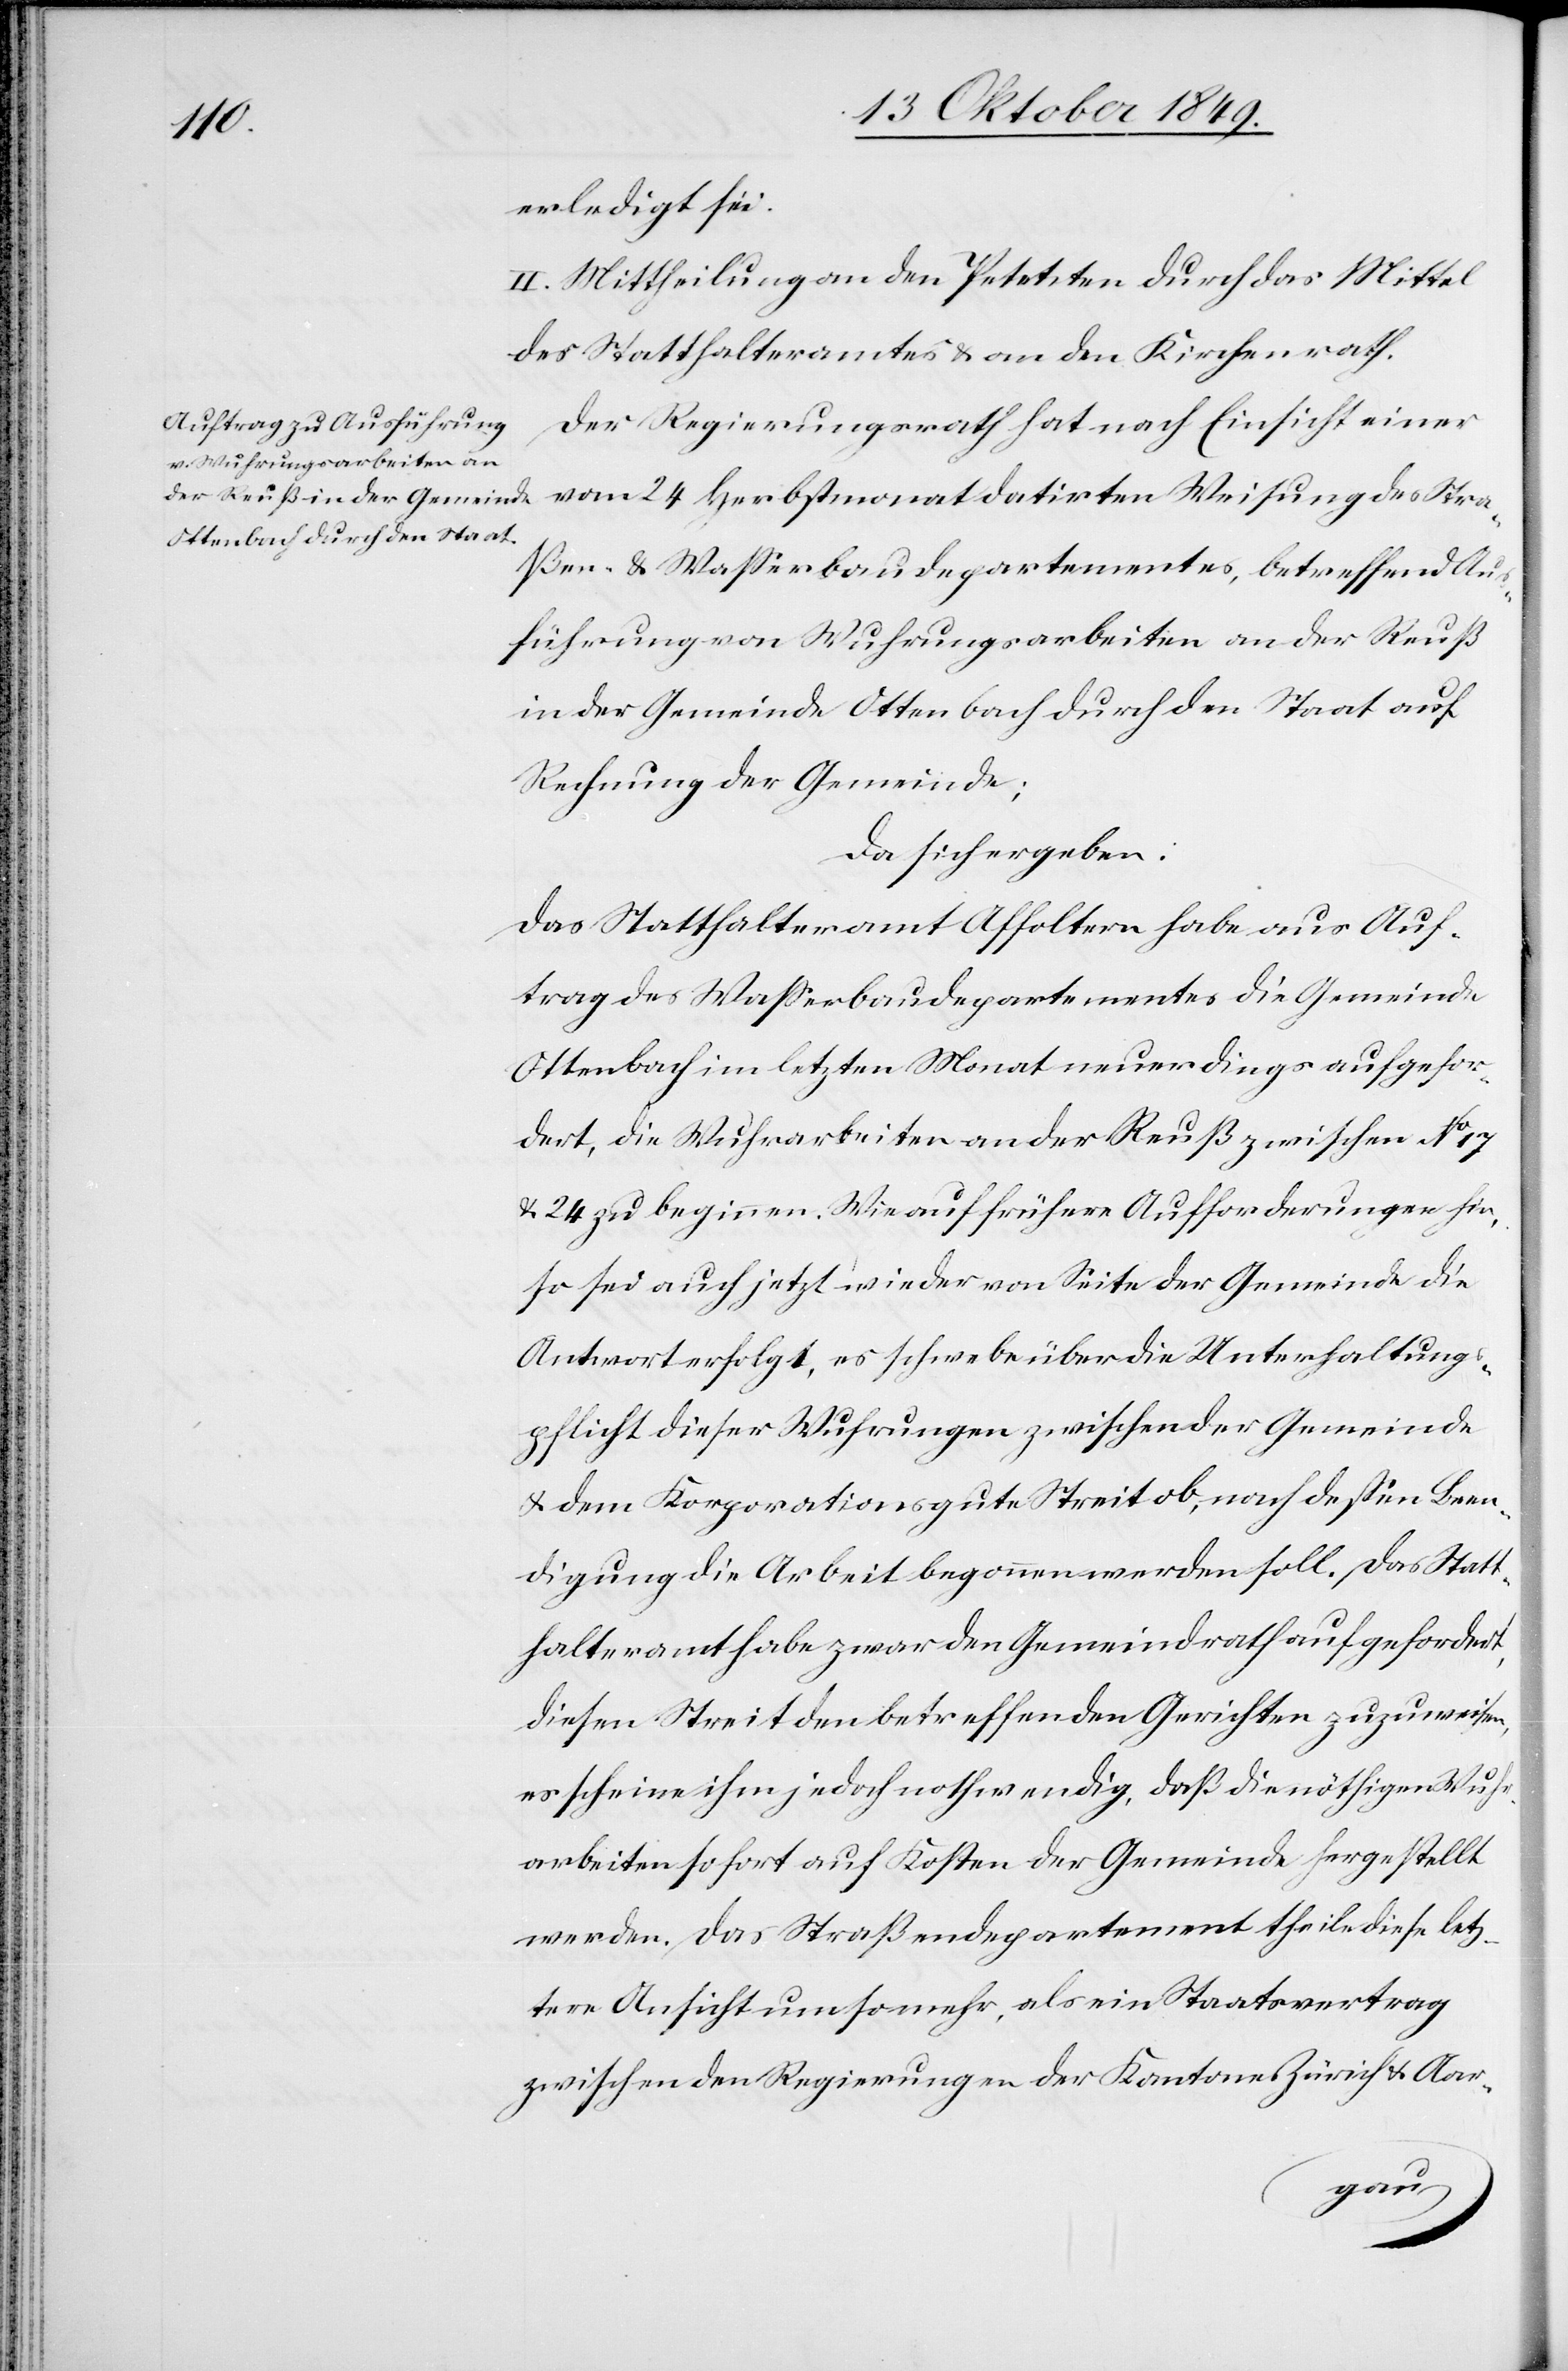
erledigt sei.
II. Mittheilung an den Petenten durch das Mittel
des Statthalteramtes u. an den Kirchenrath.
Der Regierungsrath hat nach Einsicht einer
vom 24 Herbstmonat datirten Weisung des Stra¬
ßen- u. Waßerbaudepartementes, betreffend Aus¬
führung von Wuhrungsarbeiten an der Reuß
in der Gemeinde Ottenbach durch den Staat auf
Rechnung der Gemeinde;
Da sich ergeben:
Das Statthalteramt Affoltern habe aus Auf¬
trag des Waßerbaudepartementes die Gemeinde
Ottenbach im letzten Monat neuerdings aufgefor¬
dert, die Wuhrarbeiten an der Reuß zwischen N° 17
u. 24 zu beginnen. Wie auf frühere Aufforderungen hin,
so sei auch jetzt wieder von Seite der Gemeinde die
Antwort erfolgt, es schwebe über die Unterhaltungs¬
pflicht dieser Wuhrungen zwischen der Gemeinde
u. dem Korporationsgute Streit ob, nach deßen Been¬
digung die Arbeit begonnen werden soll. Das Statt¬
halteramt habe zwar den Gemeindrath aufgefordert,
diesen Streit den betreffenden Gerichten zuzuweisen,
es scheine ihm jedoch nothwendig, daß die nothwendigen Wuhr¬
arbeiten sofort auf Kosten der Gemeinde hergestellt
werden. Das Straßendepartement theile diese letz¬
tere Ansicht um so mehr, als ein Staatsvertrag
zwischen den Regierungen der Kantone Zürich u. Aar-